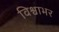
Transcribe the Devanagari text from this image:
विश्वाभर